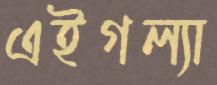
এইগল্যা